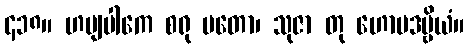
၄၁၈။ ဟဗျပါကေ စရု မတော၊ သုဇာ တု ဟောမဒဗ္ဗိယံ။